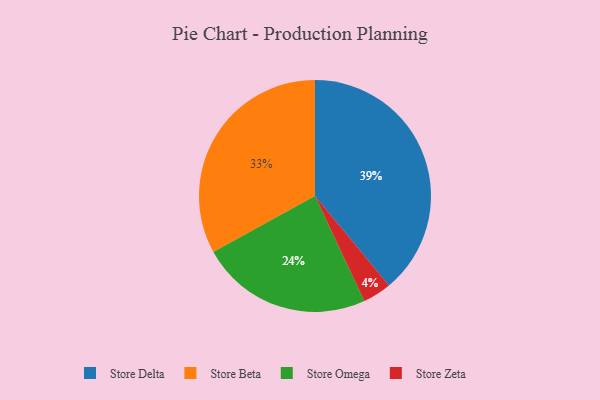
{"axis": {"x": "Category", "y": "Percentage"}, "legend": ["Store Beta", "Store Delta", "Store Omega", "Store Zeta"], "data": [{"x": "Store Omega", "y": 24, "type": "Store Omega"}, {"x": "Store Zeta", "y": 4, "type": "Store Zeta"}, {"x": "Store Delta", "y": 39, "type": "Store Delta"}, {"x": "Store Beta", "y": 33, "type": "Store Beta"}]}